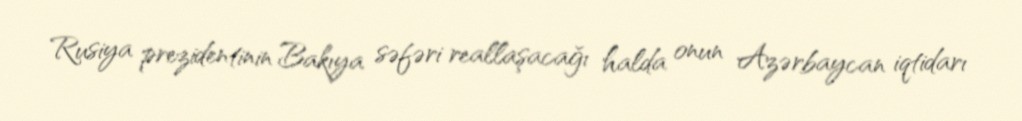
Rusiya prezidentinin Bakıya səfəri reallaşacağı halda onun Azərbaycan iqtidarı